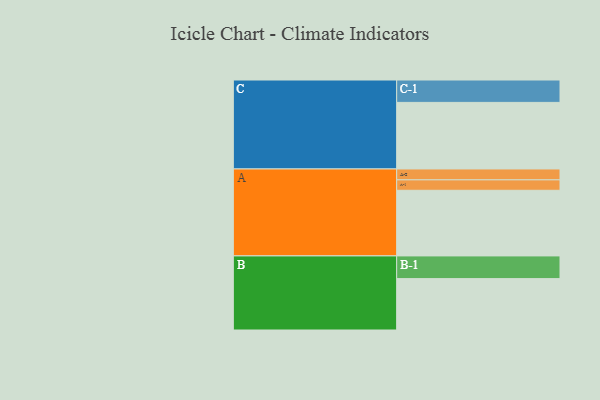
{"axis": {"x": "Segment", "y": "Value"}, "legend": ["", "A", "B", "C"], "data": [{"x": "A", "y": 428, "type": ""}, {"x": "B", "y": 335, "type": ""}, {"x": "C", "y": 434, "type": ""}, {"x": "A-1", "y": 68, "type": "A"}, {"x": "A-2", "y": 71, "type": "A"}, {"x": "B-1", "y": 148, "type": "B"}, {"x": "C-1", "y": 146, "type": "C"}]}